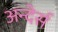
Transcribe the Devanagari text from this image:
अन्देर्स